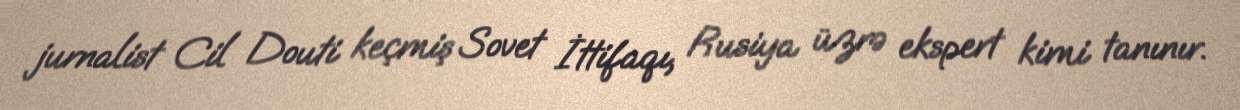
jurnalist Cil Douti keçmiş Sovet İttifaqı, Rusiya üzrə ekspert kimi tanınır.